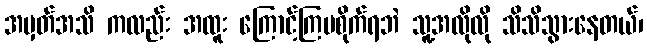
အမှတ်အသိ ကလည်း အထူး ကြောင့်ကြမစိုက်ရဘဲ သူ့အလိုလို သိသိသွားနေတယ်၊